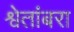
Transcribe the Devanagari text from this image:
श्वेतांबरा